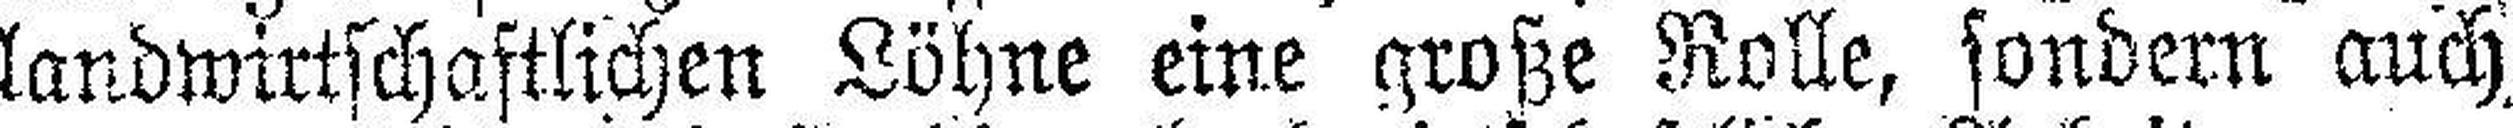
landwirtschaftlichen Löhne eine große Rolle, sondern auch